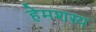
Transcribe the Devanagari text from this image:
हेमशस्य